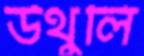
উথুলি